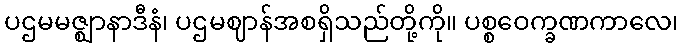
ပဌမမဇ္ဈာနာဒီနံ၊ ပဌမဈာန်အစရှိသည်တို့ကို။ ပစ္စဝေက္ခဏကာလေ၊